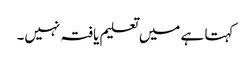
کہتا ہے میں تعلیم یافتہ نہیں۔